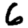
Digit: 6